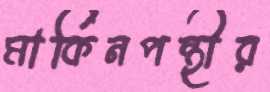
মার্কিনপন্থীর